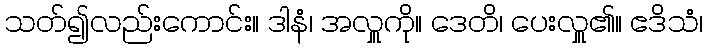
သတ်၍လည်းကောင်း။ ဒါနံ၊ အလှူကို။ ဒေတိ၊ ပေးလှူ၏။ ဧဒိသံ၊